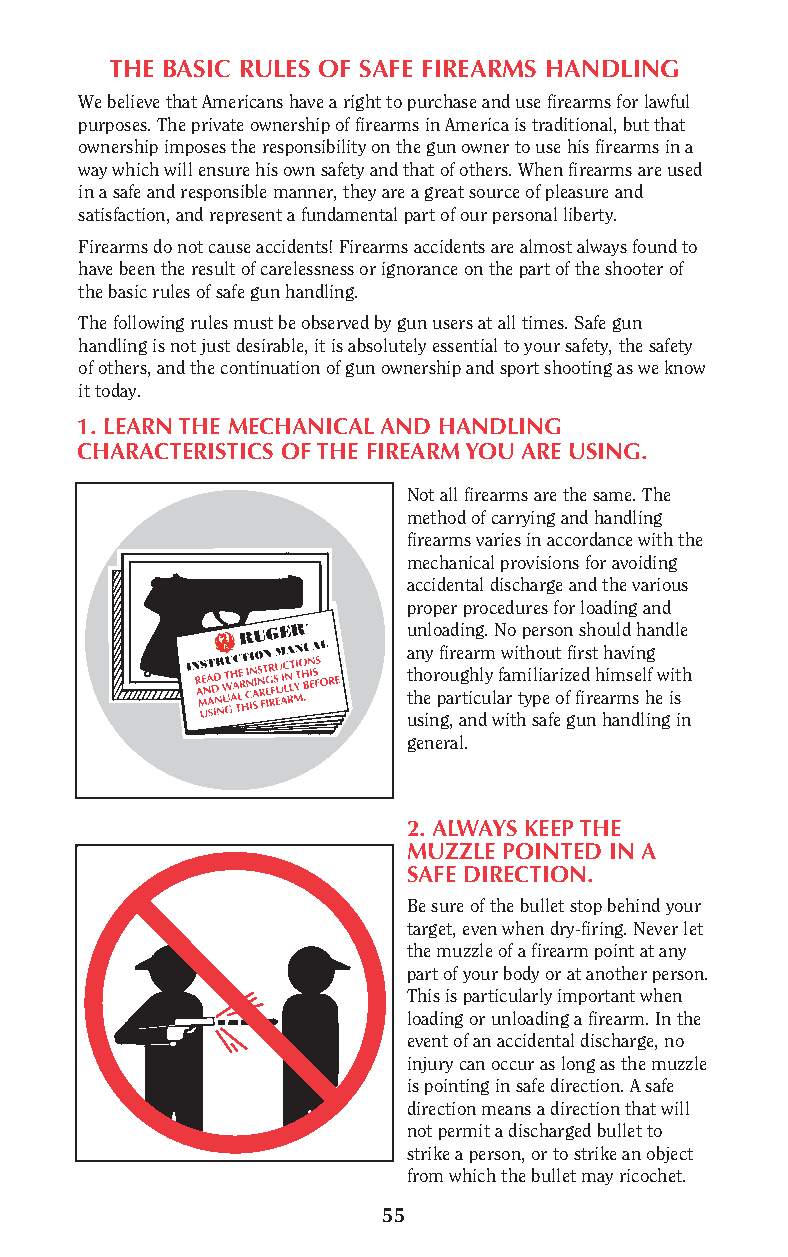
THE BASIC RULES OF SAFE FIREARMS HANDLING
 We believe that Americans have a right to purchase and use firearms for lawful
 purposes. The private ownership of firearms in America is traditional, but that
 ownership imposes the responsibility on the gun owner to use his firearms in a
 way which will ensure his own safety and that of others. When firearms are used
 in a safe and responsible manner, they are a great source of pleasure and
 satisfaction, and represent a fundamental part of our personal liberty.
 Firearms do not cause accidents! Firearms accidents are almost always found to
 have been the result of carelessness or ignorance on the part of the shooter of
 the basic rules of safe gun handling.
 The following rules must be observed by gun users at all times. Safe gun
 handling is not just desirable, it is absolutely essential to your safety, the safety
 of others, and the continuation of gun ownership and sport shooting as we know
 it today.
 1. LEARN THE MECHANICAL AND HANDLING
 CHARACTERISTICS OF THE FIREARM YOU ARE USING.
 Not all firearms are the same. The
 method of carrying and handling
 firearms varies in accordance with the
 mechanical provisions for avoiding
 accidental discharge and the various
 proper procedures for loading and
 unloading. No person should handle
 any firearm without first having
 thoroughly familiarized himself with
 the particular type of firearms he is
 using, and with safe gun handling in
 general.
 2. ALWAYS KEEP THE
 MUZZLE POINTED IN A
 S AFE DIRECTION.
 Be sure of the bullet stop behind your
 target, even when dry-firing. Never let
 the muzzle of a firearm point at any
 part of your body or at another person.
 This is particularly important when
 loading or unloading a firearm. In the
 event of an accidental discharge, no
 injury can occur as long as the muzzle
 is pointing in safe direction. A safe
 direction means a direction that will
 not permit a discharged bullet to
 strike a person, or to strike an object
 from which the bullet may ricochet.
 55